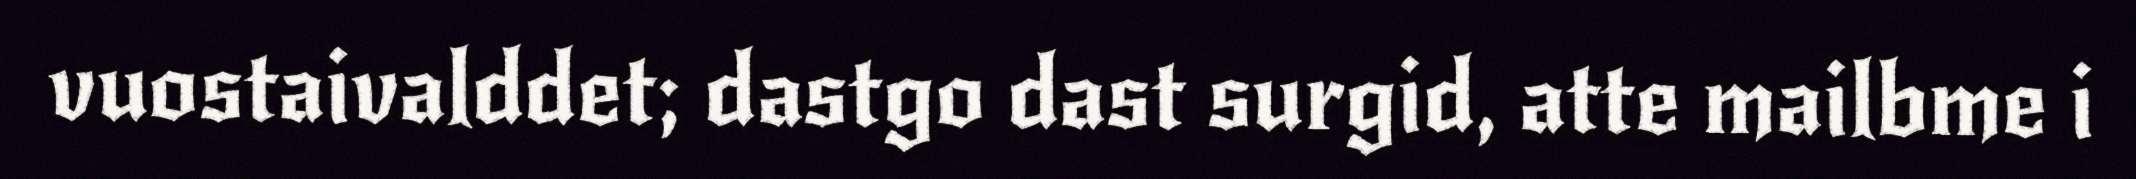
vuostaivalddet; dastgo dast surgid, atte mailbme i